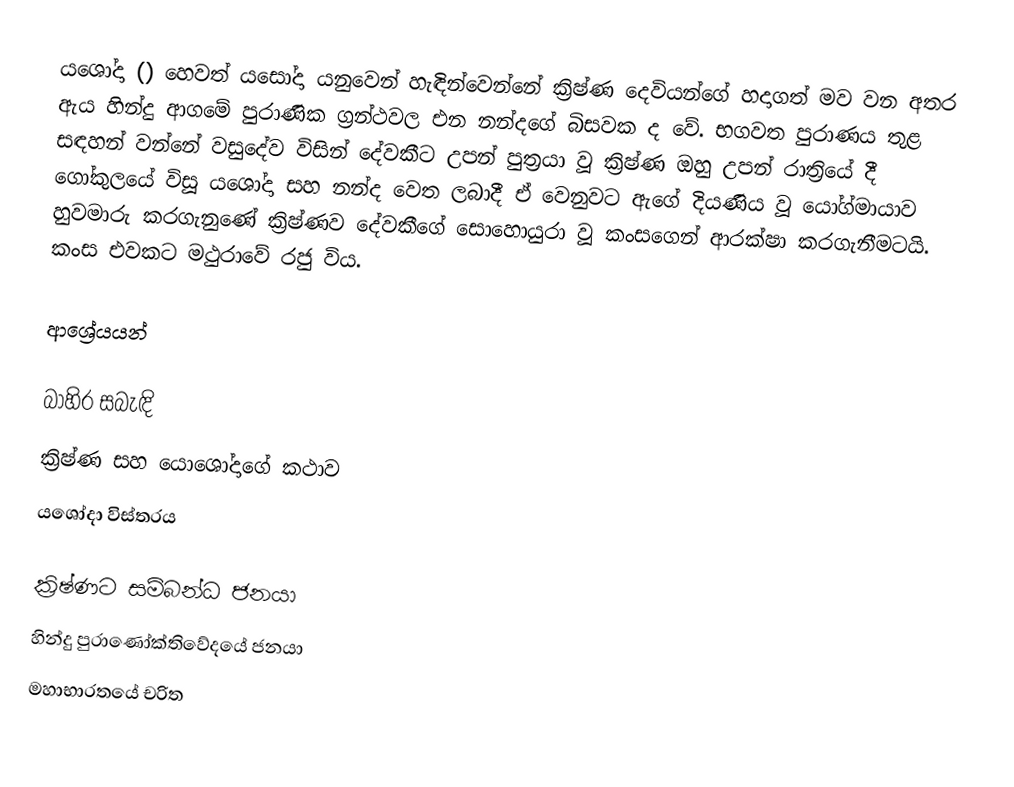
යශෝදා () හෙවත් යසෝදා යනුවෙන් හැඳින්වෙන්නේ ක්‍රිෂ්ණ දෙවියන්ගේ හදාගත් මව වන අතර ඇය හින්දු ආගමේ පුරාණික ග්‍රන්ථවල එන නන්දගේ බිසවක ද වේ. භගවත පුරාණය තුළ සඳහන් වන්නේ වසුදේව විසින් දේවකීට උපන් පුත්‍රයා වූ ක්‍රිෂ්ණ ඔහු උපන් රාත්‍රියේ දී ගෝකුලයේ විසූ යශෝදා සහ නන්ද වෙත ලබාදී ඒ වෙනුවට ඇගේ දියණිය වූ යෝග්මායාව හුවමාරු කරගැනුණේ ක්‍රිෂ්ණව දේවකීගේ සොහොයුරා වූ කංසගෙන් ආරක්ෂා කරගැනීමටයි. කංස එවකට මථුරාවේ රජු විය.

ආශ්‍රේයයන්

බාහිර සබැඳි
 ක්‍රිෂ්ණ සහ යොශෝදාගේ කථාව
 යශෝදා විස්තරය

ක්‍රිෂ්ණට සම්බන්ධ ජනයා
හින්දු පුරාණෝක්තිවේදයේ ජනයා
මහාභාරතයේ චරිත